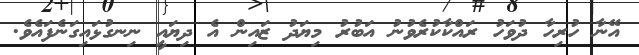
އޭނާ ހުރިހާ ދުވަހު ރައްކާކުރެވުނު އަބުރު މިޔަދު ޒައިން އެ ދިޔައީ ނިނގުޅައިގަނެފައެވެ.